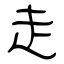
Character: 走